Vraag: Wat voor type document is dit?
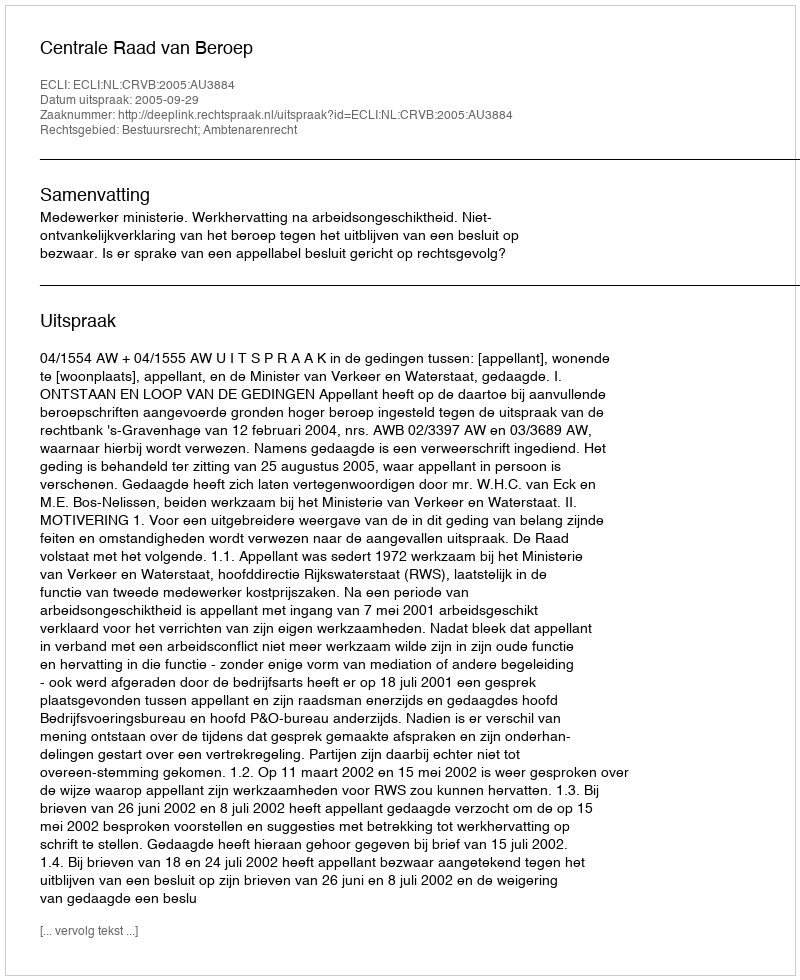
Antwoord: Uitspraak